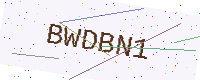
Text: BWDBN1